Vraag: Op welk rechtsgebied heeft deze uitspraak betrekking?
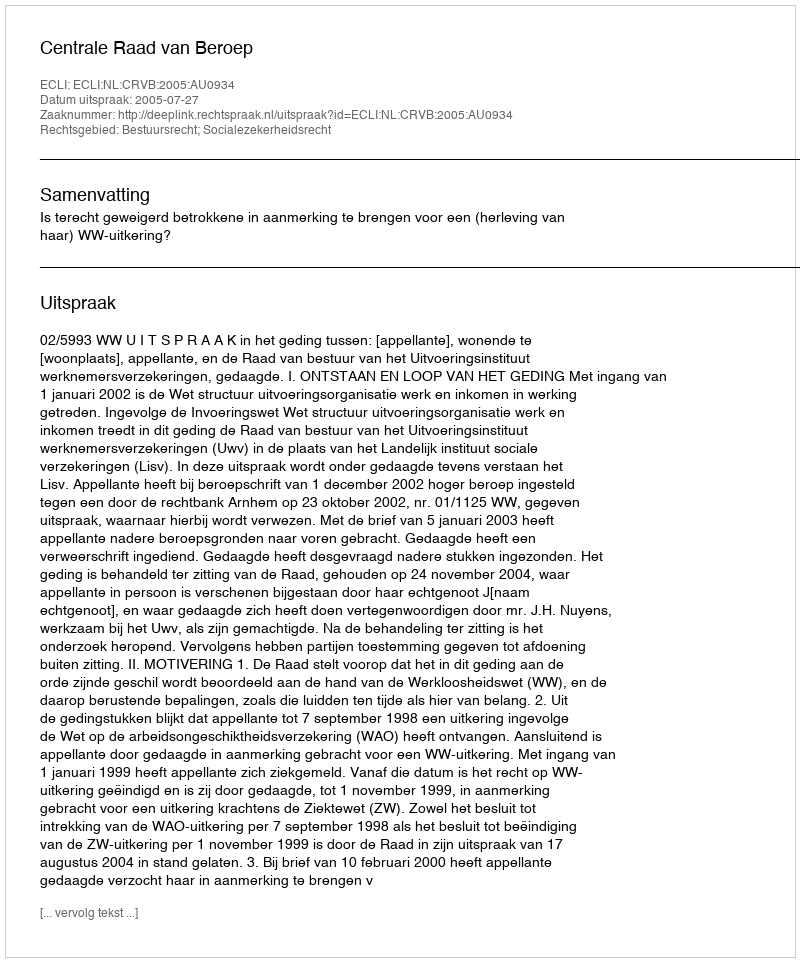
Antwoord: Bestuursrecht; Socialezekerheidsrecht